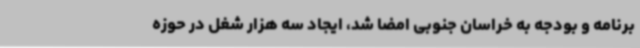
برنامه و بودجه به خراسان جنوبی امضا شد، ایجاد سه هزار شغل در حوزه